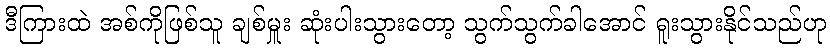
ဒီကြားထဲ အစ်ကိုဖြစ်သူ ချစ်မှူး ဆုံးပါးသွားတော့ သွက်သွက်ခါအောင် ရူးသွားနိုင်သည်ဟု